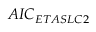
A I C _ { E T A S L C 2 }